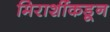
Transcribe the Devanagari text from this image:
मिराशींकडून